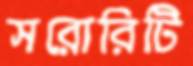
সরোরিটি